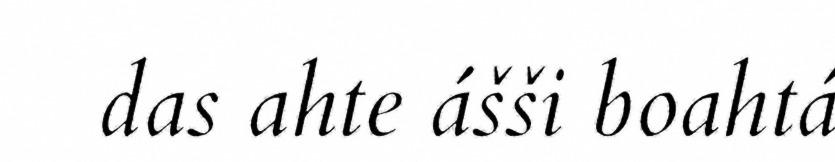
das ahte ášši boahtá